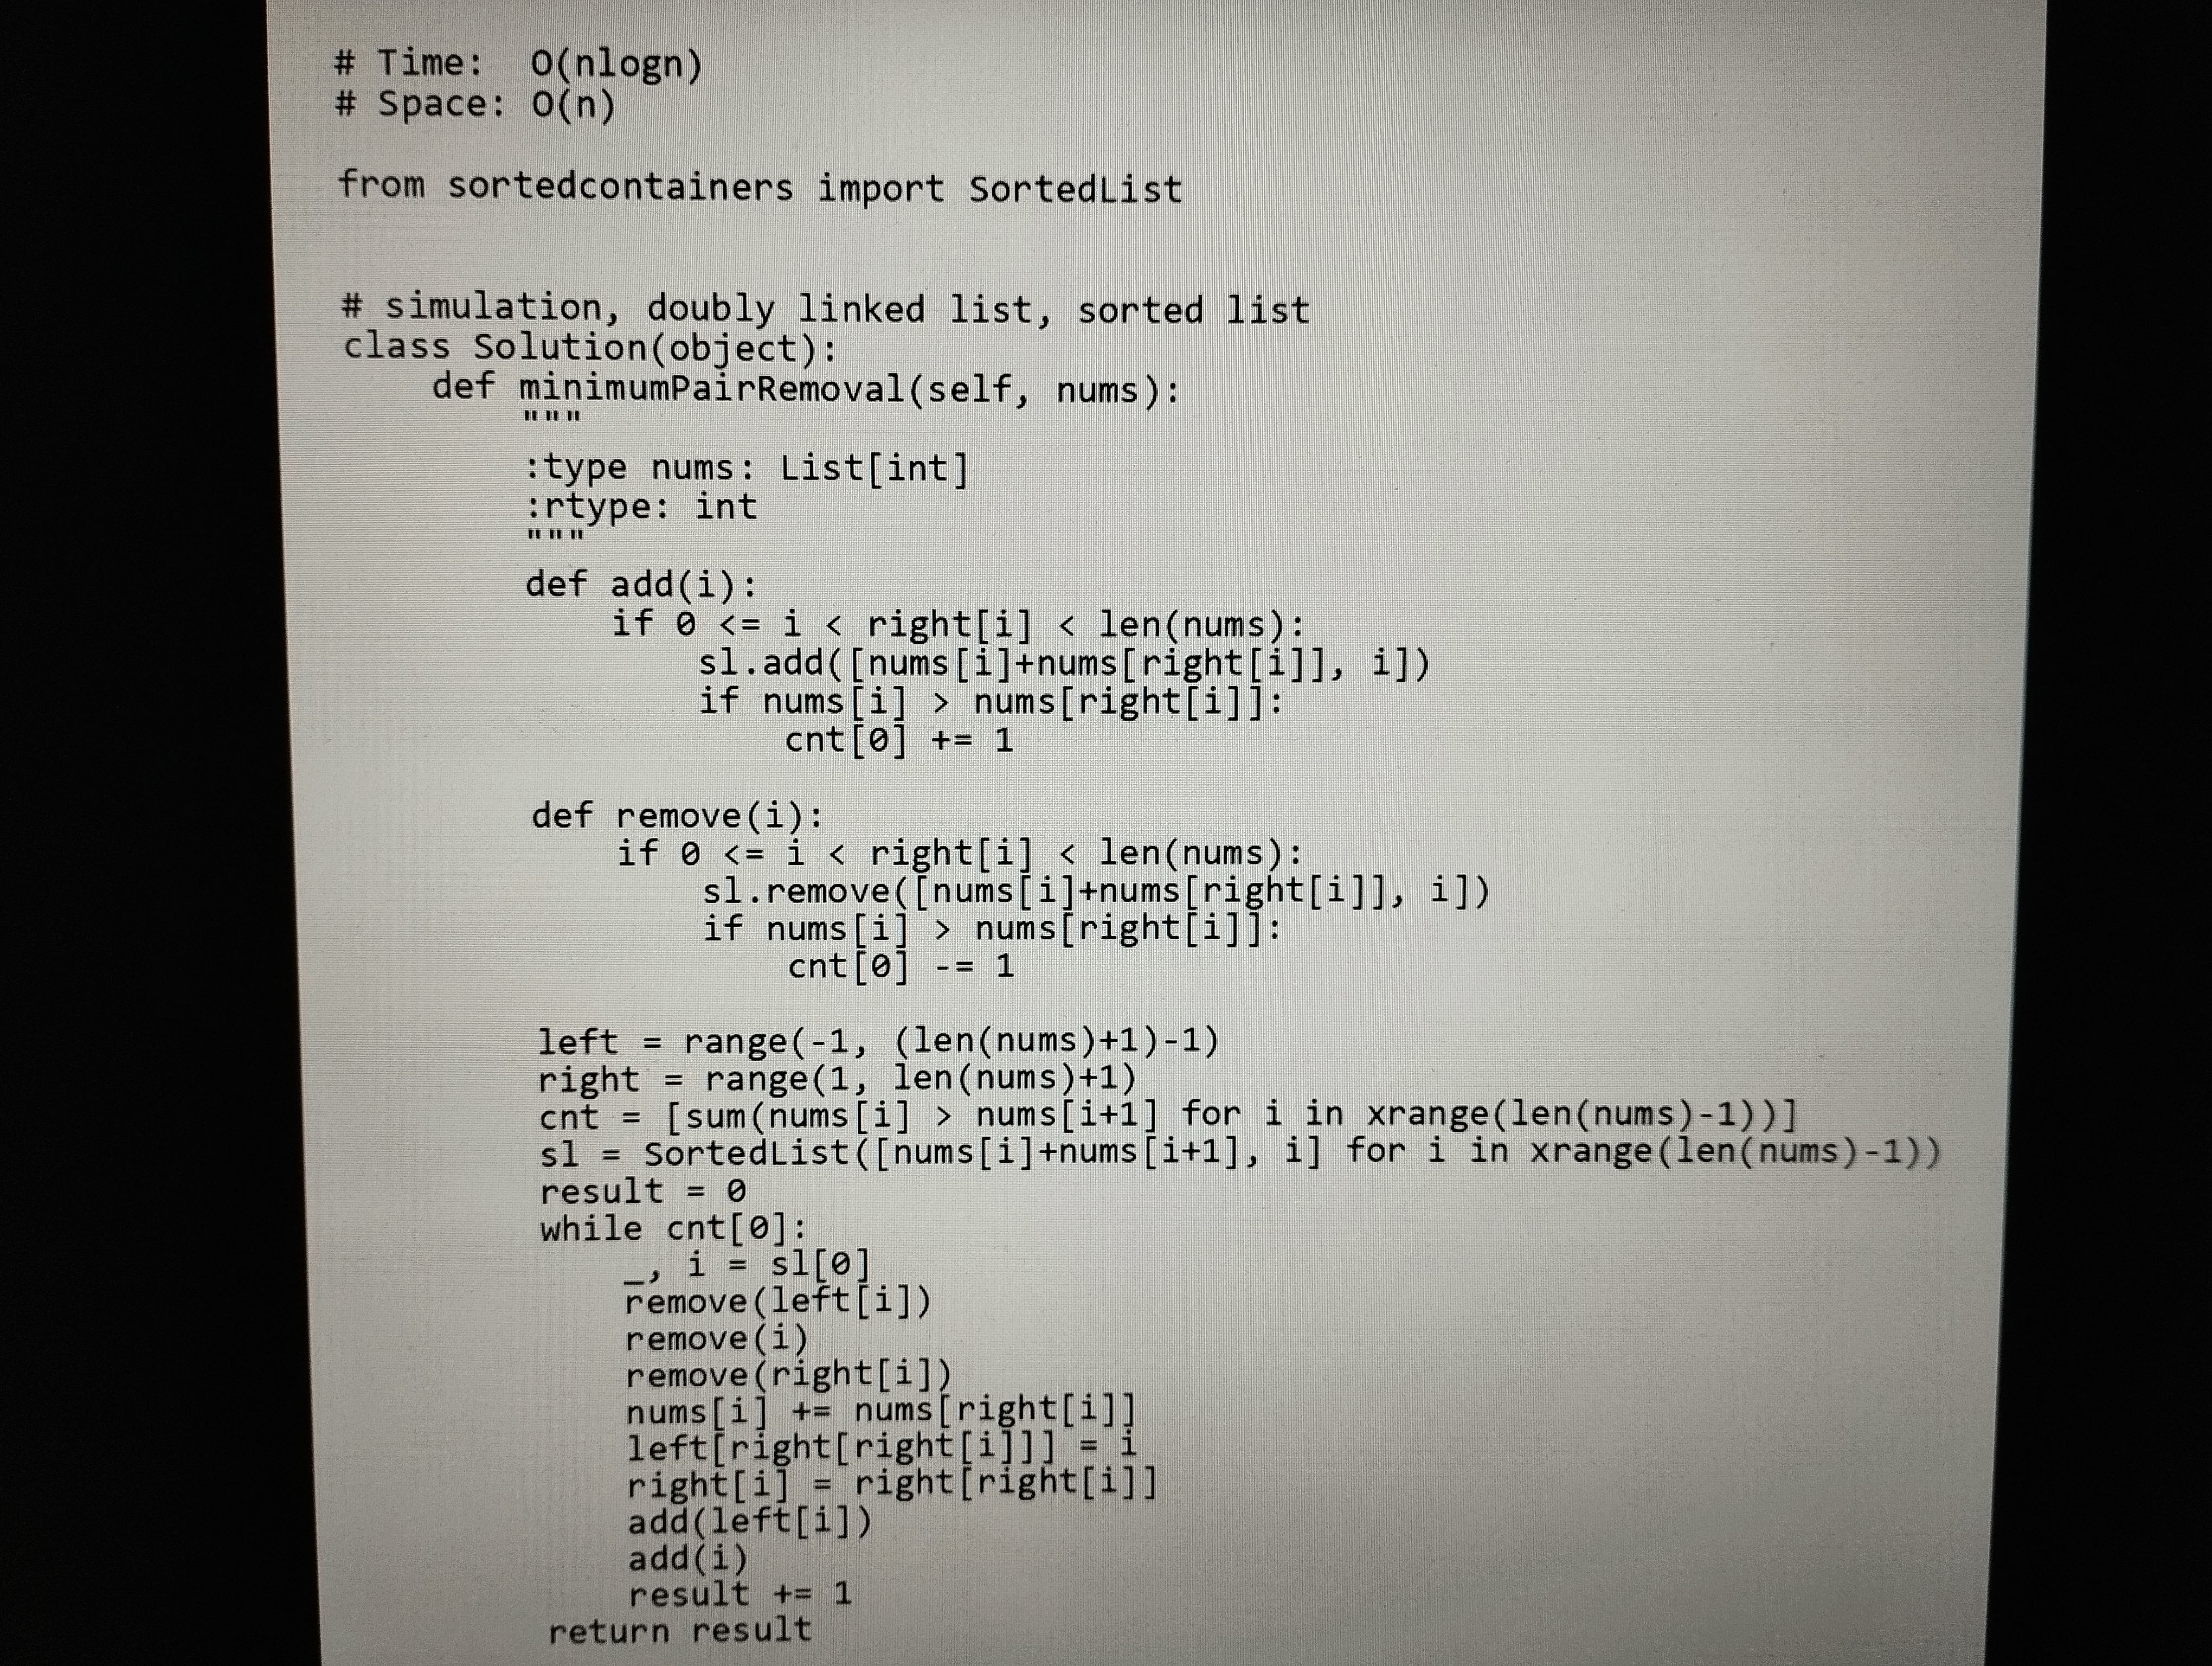
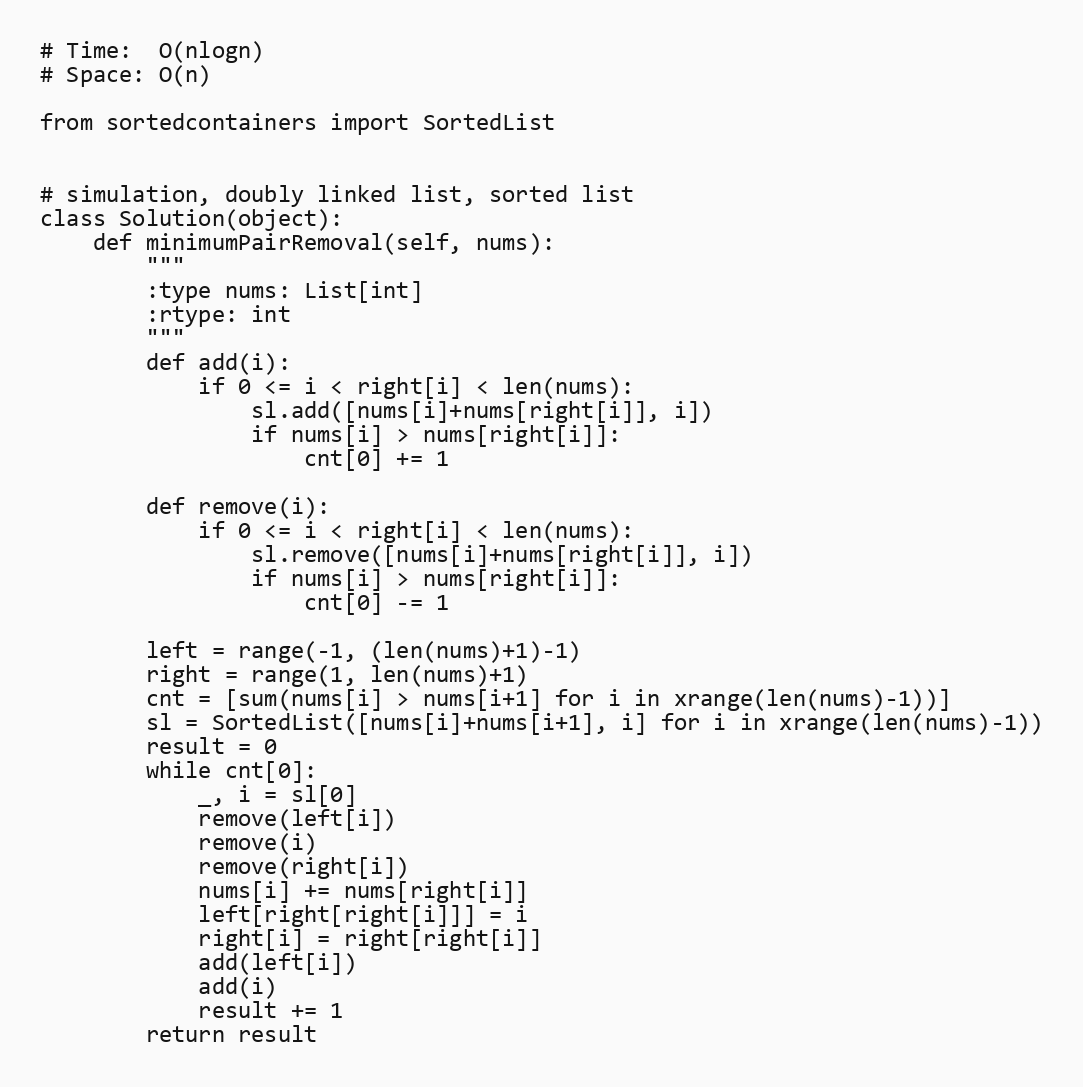
# Time:  O(nlogn)
# Space: O(n)

from sortedcontainers import SortedList

# simulation, doubly linked list, sorted list
class Solution(object):
    def minimumPairRemoval(self, nums):
        """
        :type nums: List[int]
        :rtype: int
        """
        def add(i):
            if 0 <= i < right[i] < len(nums):
                sl.add([nums[i]+nums[right[i]], i])
                if nums[i] > nums[right[i]]:
                    cnt[0] += 1

        def remove(i):
            if 0 <= i < right[i] < len(nums):
                sl.remove([nums[i]+nums[right[i]], i])
                if nums[i] > nums[right[i]]:
                    cnt[0] -= 1

        left = range(-1, (len(nums)+1)-1)
        right = range(1, len(nums)+1)
        cnt = [sum(nums[i] > nums[i+1] for i in xrange(len(nums)-1))]
        sl = SortedList([nums[i]+nums[i+1], i] for i in xrange(len(nums)-1))
        result = 0
        while cnt[0]:
            _, i = sl[0]
            remove(left[i])
            remove(i)
            remove(right[i])
            nums[i] += nums[right[i]]
            left[right[right[i]]] = i
            right[i] = right[right[i]]
            add(left[i])
            add(i)
            result += 1
        return result